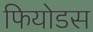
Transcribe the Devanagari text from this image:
फियोडस